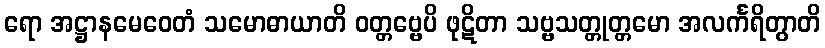
ရော အဋ္ဌာနမေဝေတံ သမောဓာယာတိ ဝတ္တဗ္ဗေပိ ဖုဋိတာ သဗ္ဗသတ္တုတ္တမော အလင်္ကရိတွာတိ